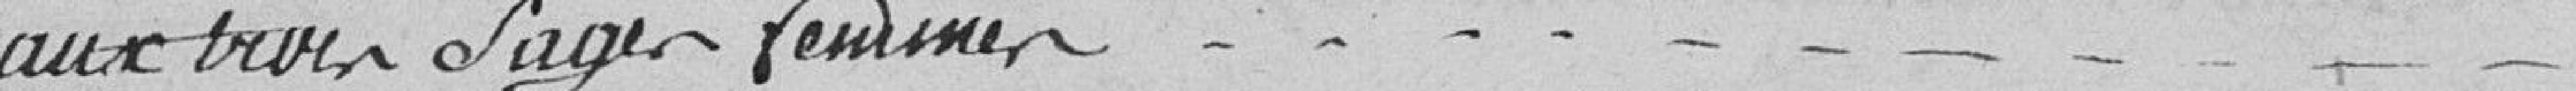
aux trois sages femmes